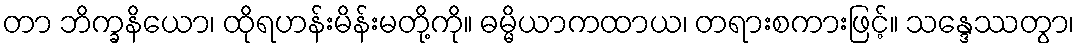
တာ ဘိက္ခနိယော၊ ထိုရဟန်းမိန်းမတို့ကို။ ဓမ္မိယာကထာယ၊ တရားစကားဖြင့်။ သန္ဒေဿတွာ၊